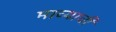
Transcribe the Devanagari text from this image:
माव्याची